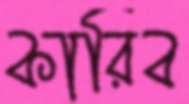
কারিব